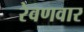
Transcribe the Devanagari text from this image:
रेवणवार